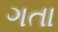
ગતા